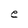
Character: e